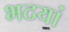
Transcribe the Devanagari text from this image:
भटयां